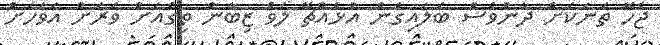
ޖެހޭ ތަނަކަށް ދާންވެސް ބަލައިގެން އުޅެއްޗޭ ލަވް ޒިބާން ތިގެއަށް ވަރަށް އަވަހަށް